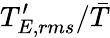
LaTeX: T_{E,rms}^{\prime}/\bar{T}